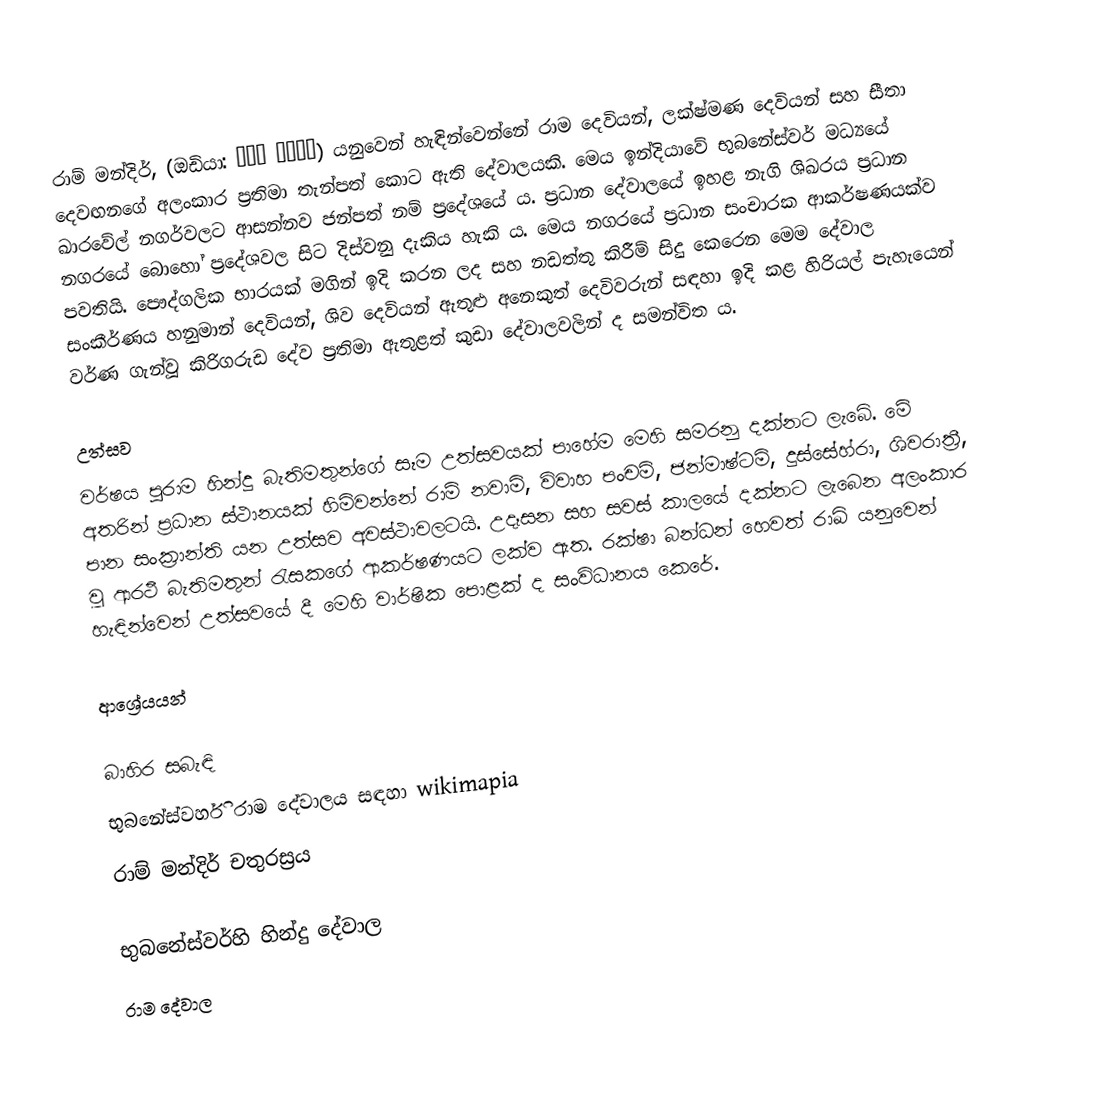
රාම් මන්දිර්, (ඔඩියා: ରାମ ଦେଉଳ) යනුවෙන් හැඳින්වෙන්නේ රාම දෙවියන්, ලක්ෂ්මණ දෙවියන් සහ සීතා දෙවඟනගේ අලංකාර ප්‍රතිමා තැන්පත් කොට ඇති දේවාලයකි. මෙය ඉන්දියාවේ භුබනේස්වර් මධ්‍යයේ ඛාරවේල් නගර්වලට ආසන්නව ජන්පත් නම් ප්‍රදේශයේ ය. ප්‍රධාන දේවාලයේ ඉහළ නැගි ශිඛරය ප්‍රධාන නගරයේ බොහෝ ප්‍රදේශවල සිට දිස්වනු දැකිය හැකි ය. මෙය නගරයේ ප්‍රධාන සංචාරක ආකර්ෂණයක්ව පවතියි. පෞද්ගලික භාරයක් මගින් ඉදි කරන ලද සහ නඩත්තු කිරීම් සිදු කෙරෙන ‍මෙම දේවාල සංකීර්ණය හනුමාන් දෙවියන්, ශිව දෙවියන් ඇතුළු අනෙකුත් දෙවිවරුන් සඳහා ඉදි කළ හිරියල් පැහැයෙන් වර්ණ ගැන්වූ කිරිගරුඩ දේව ප්‍රතිමා ඇතුළත් කුඩා දේවාලවලින් ද සමන්විත ය.

උත්සව
වර්ෂය පුරාම හින්දු බැතිමතුන්ගේ සෑම උත්සවයක් පාහේම මෙහි සමරනු දක්නට ලැබේ. මේ අතරින් ප්‍රධාන ස්ථානයක් හිමිවන්නේ රාම් නවාමි, විවාහ පංචමි, ජන්මාෂ්ටමි, දුස්සේහ්රා, ශිවරාත්‍රී, පාන සංක්‍රාන්ති යන උත්සව අවස්ථාවලටයි. උදෑසන සහ සවස් කාලයේ දක්නට ලැබෙන අලංකාර වූ ආරථී බැතිමතුන් රැසකගේ ආකර්ෂණයට ලක්ව ඇත. රක්ෂා බන්ධන් හෙවත් රාඛි යනුවෙන් හැඳින්වෙන් උත්සවයේ දී මෙහි වාර්ෂික පොළක් ද සංවිධානය කෙරේ.

ආශ්‍රේයයන්

බාහිර සබැඳි
භුබනේස්වර්හි රාම දේවාලය සඳහා wikimapia
රාම් මන්දිර් චතුරස්‍රය

භුබනේස්වර්හි හින්දු දේවාල
රාම දේවාල